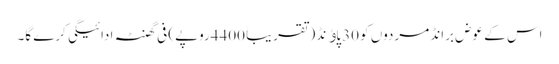
اس کے عوض برانڈ مردوں کو 30پاﺅنڈ (تقریباً 4400روپے) فی گھنٹہ ادائیگی کرے گا۔